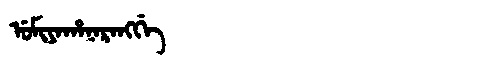
Manchu: ᡠᠮᡳᠶᠠᡥᠠᠨᠠᡵᠠᠩᡤᡝ
Romanization: UMIYAHANARANGGE